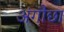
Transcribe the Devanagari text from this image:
अंगौछा